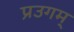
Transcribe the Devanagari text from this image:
प्रउगम्